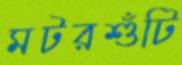
মটরশুঁটি